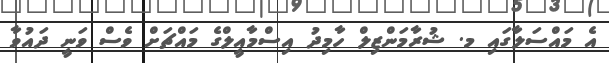
އެ މައްސަލާގައި މ. ޝުރާމަންޒިލް ހާމިދު އިސްމާއީލްގެ މައްޗަށް ވެސް ވަނީ ދައުވާ